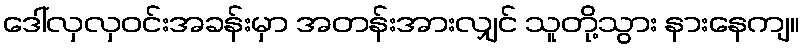
ဒေါ်လှလှဝင်းအခန်းမှာ အတန်းအားလျှင် သူတို့သွား နားနေကျ။